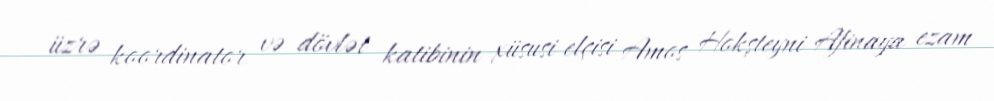
üzrə koordinator və dövlət katibinin xüsusi elçisi Amos Hokşteyni Afinaya ezam